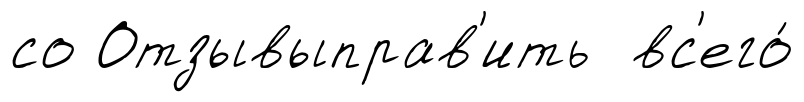
со Отзывыправ'ить вс'его́